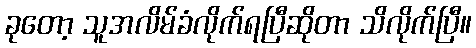
ခုတော့ သူအလိမ်ခံလိုက်ရပြီဆိုတာ သိလိုက်ပြီ။